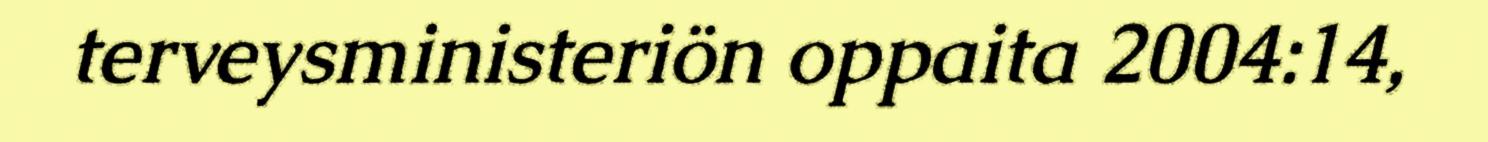
terveysministeriön oppaita 2004:14,